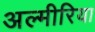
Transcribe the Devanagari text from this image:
अल्मीरिया